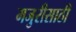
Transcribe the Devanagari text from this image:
मजुरीसाठी